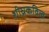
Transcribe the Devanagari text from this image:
शीघ्रकवित्व